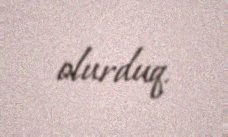
olurduq.